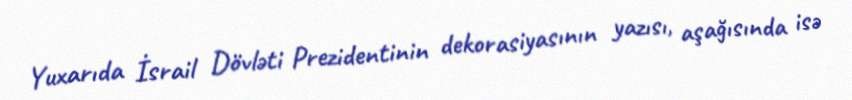
Yuxarıda İsrail Dövləti Prezidentinin dekorasiyasının yazısı, aşağısında isə